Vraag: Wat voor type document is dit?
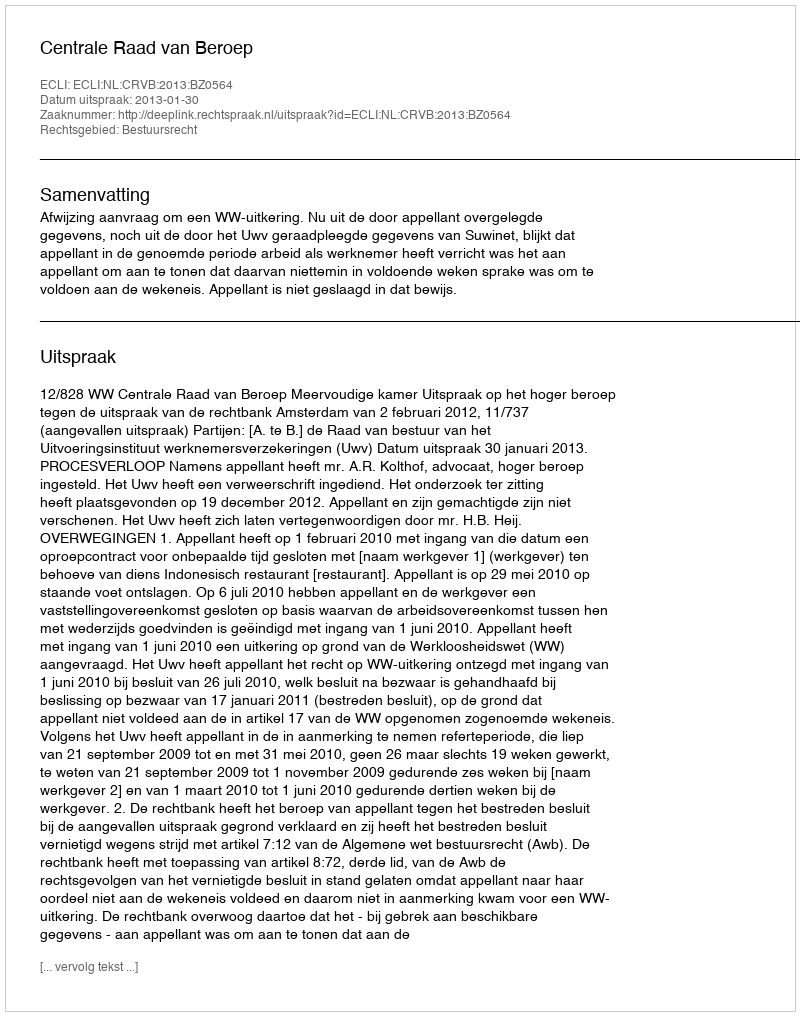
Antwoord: Uitspraak